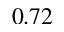
0 . 7 2